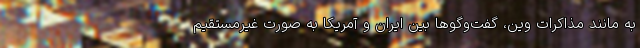
به مانند مذاکرات وین، گفت‌وگوها بین ایران و آمریکا به صورت غیرمستقیم